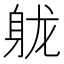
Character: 𬧢